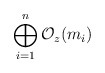
\begin{align*}\bigoplus_{i=1}^{n} {\cal O}_{z}(m_i)\end{align*}